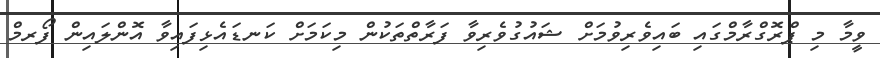
ވީމާ މި ޕްރޮގްރާމްގައި ބައިވެރިވުމަށް ޝައުގުވެރިވާ ފަރާތްތަކުން މިކަމަށް ކަނޑައެޅިފައިވާ އޮންލައިން ފޯރމް